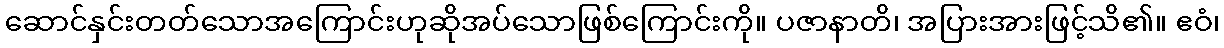
ဆောင်နှင်းတတ်သောအကြောင်းဟုဆိုအပ်သောဖြစ်ကြောင်းကို။ ပဇာနာတိ၊ အပြားအားဖြင့်သိ၏။ ဧဝံ၊